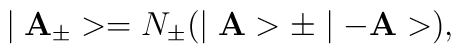
\mid {\bf A_{\pm}}>=N_{\pm} (\mid {\bf A}> \pm \mid -{\bf A}>),